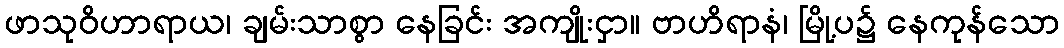
ဖာသုဝိဟာရာယ၊ ချမ်းသာစွာ နေခြင်း အကျိုးငှာ။ ဗာဟိရာနံ၊ မြို့ပ၌ နေကုန်သော